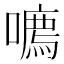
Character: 𪢔